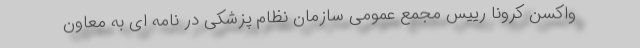
واکسن کرونا رییس مجمع عمومی سازمان نظام پزشکی در نامه ای به معاون